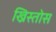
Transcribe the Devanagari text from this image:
ख्रिस्‍तोस